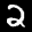
Label: 2